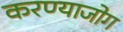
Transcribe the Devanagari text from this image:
करण्याजोग